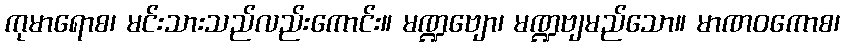
ကုမာရောစ၊ မင်းသားသည်လည်းကောင်း။ မဏ္ဍဗျော၊ မဏ္ဍဗျမည်သော။ မာဏဝကောစ၊